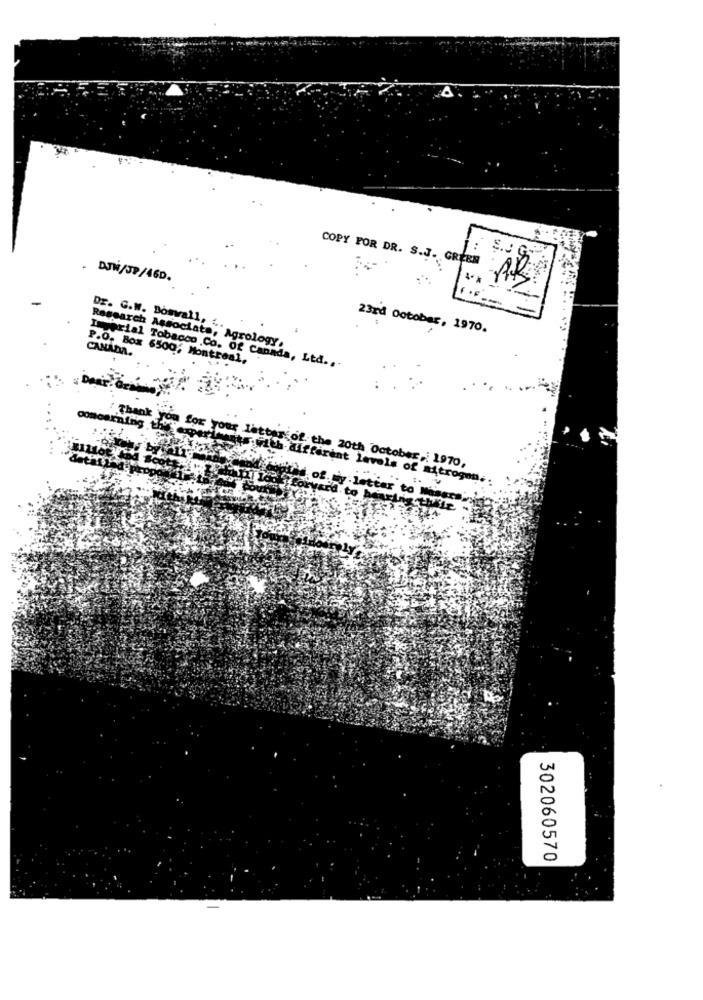
COPY FOR DR. S.J. GREEN
. DJW/JP/460.
Dr. G.W. Boswall, 4.
23rd October, 1970.
CANADA.
Research Associate, Agrology,
P.O. Box 6500; Montreal,
Imperial Tobacco Co. Of Canada, Ltd ..
Thank you
ening
for your letter of the 20th October ,: 1970,
Tenstr.with different levels of nitrogen ..
of. ty . letter to Misera,
d. to hearing thile
302060570